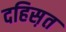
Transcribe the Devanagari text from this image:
दहिस़त